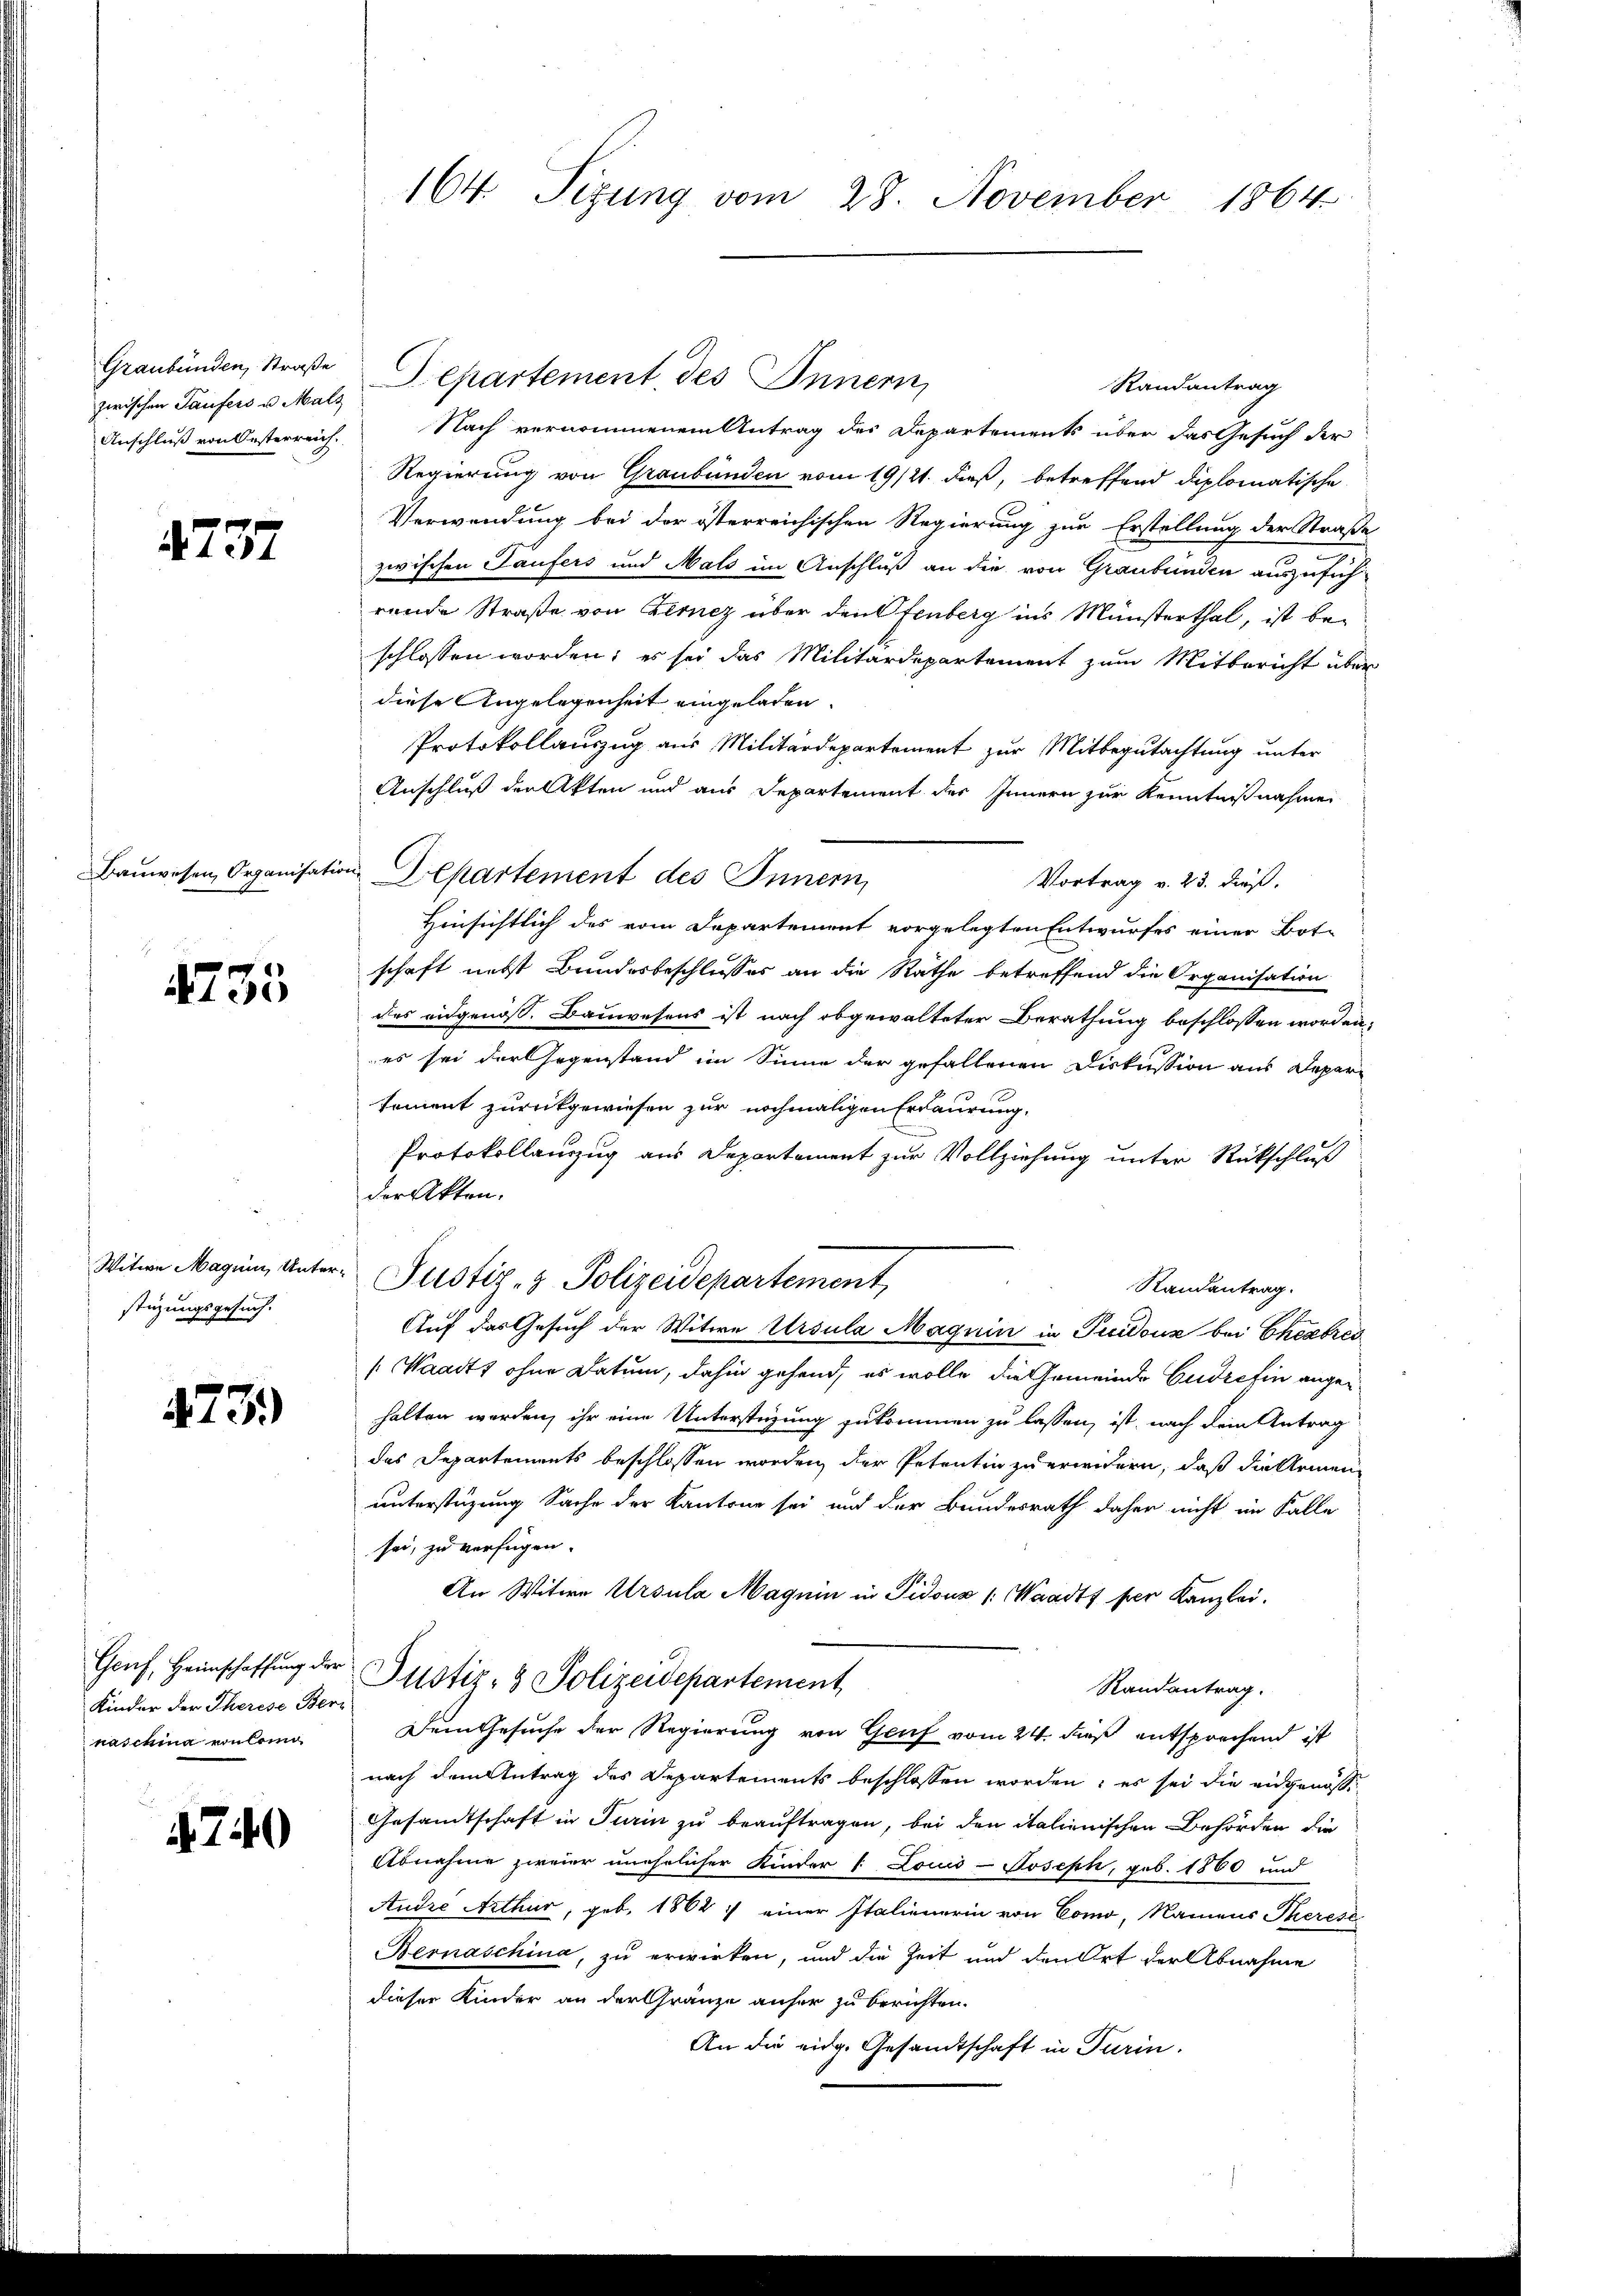
Graubünden, Straße
Anschluß von Oesterreich.

4737

Bauwesen, Organisatio

4735

Witwe Magnin, Unter
stüzungsgesuch.

473.

Genf, Heimschaffung der
Kinder der Therese Ber
naschina von lei

4740

164. Sizung vom 28. November 1864

Randantrag
zwischen Taufers u. als Departement des Innern,
Nach vernommenem Antrag des Departements über das Gesuch der
Regierung von Graubünden vom 19/21. dieß, betreffend diplomatische
Verwendung bei der österreichischen Regierung zur Erstellung der Straße
zwischen Laufers und Mals im Anschluß an die von Graubünden auszuführende Straße von Fernez über den Ofenberg ins Münsterthal, ist beschlossen worden; es sei das Militärdepartement zum Mitbericht über
diese Angelegenheit eingeladen.
Protokollauszug aus Militärdepartement zur Mitbegutachtung unter
Anschluß der Akten und aus Departement des Innern zur Kenntnißnahme
in Departement des Innern,
Vortrag v. 23. dieß.
Hinsichtlich des vom Departement vorgelegten Entwurfes einer Bot-
schaft nebst Bundesbeschlusses an die Räthe betreffend die Organisation
des eidgenoss. Bauwesens ist nach obgewalteter Berathung beschlossen worden,
es sei der Gegenstand im Sinne der gefallenen Diskussion aus Departement zurückgewiesen zur nochmaligen Erdaurung.
Protokollauszug aus Departement zur Vollziehung unter Rückschluß
der Akten.
Justiz- & Polizeidepartement,
Randantrag.
Auf das Gesuch der Witwe Ursula Magnin in Picidouz bei Eheabred
(Waadt, ohne Datum, dahin gehend, es wolle die Gemeinde Gudrefin angehalten werden, ihr eine Unterstüzung zukommen zu lassen, ist, nach dem Antrag
des Departements beschlossen worden, der Petentin zu erwidern, daß die Armen
unterstüzung Sache der Kantone sei und der Bundesrath daher nicht im Falle
sei, zu verfügen.
An Witwe Ursula Magnin in Pidouz /: Waadt per Kanzlei.
Justiz- & Polizeidepartement,
Randantrag.
Dem Gesuche der Regierung von Genf vom 24. dieß entsprechend ist
nach dem Antrag des Departements beschlossen worden; es sei die eidgenosse
Gesandtschaft in Turin zu beauftragen, bei den italienischen Behörden die
Abnahme zweier unehelicher Kinder 1 Louis-Joseph, geb. 1860 und
Andre Arthur, geb. 1862 :/ einer Italienerin von Como, Namens Theresi
Bernaschina, zu erwirken, und die Zeit und den Ort der Abnahme
dieser Kinder an der Gränze anher zu berichten.
An die eidg. Gesandtschaft in Turin.